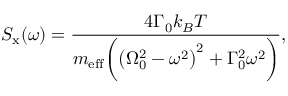
S _ { \mathrm { x } } ( \omega ) = \frac { 4 \Gamma _ { 0 } k _ { B } T } { m _ { \mathrm { e f f } } \bigg ( \big ( \Omega _ { 0 } ^ { 2 } - \omega ^ { 2 } \big ) ^ { 2 } + \Gamma _ { 0 } ^ { 2 } \omega ^ { 2 } \bigg ) } ,